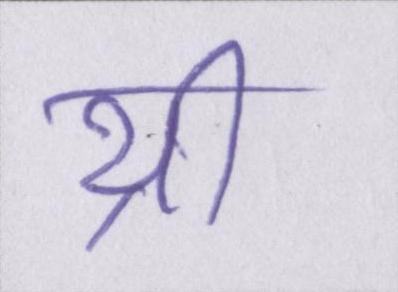
थ्री